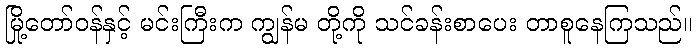
မြို့တော်ဝန်နှင့် မင်းကြီးက ကျွန်မ တို့ကို သင်ခန်းစာပေး တာစူနေကြသည်။